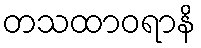
တသထာဝရာနိ